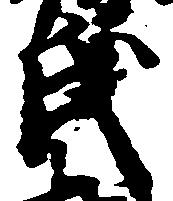
氏